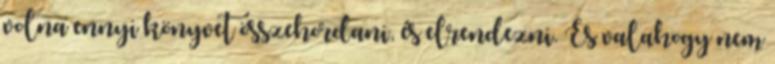
volna ennyi könyvet összehordani, és elrendezni. És valahogy nem